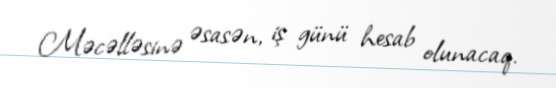
Məcəlləsinə əsasən, iş günü hesab olunacaq.